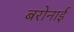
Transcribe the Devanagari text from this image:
बरोनाई